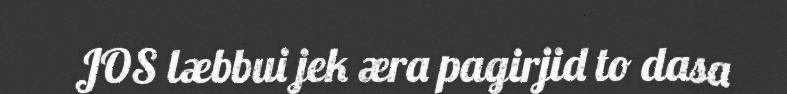
JOS læbbui jek æra pagirjid to dasa